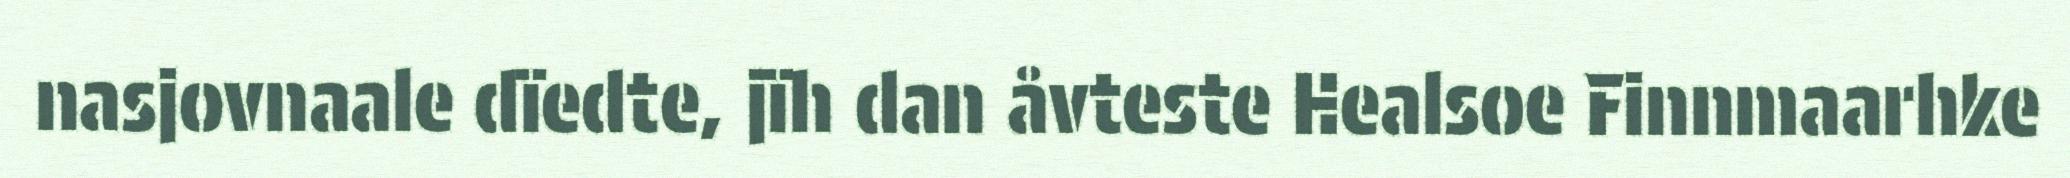
nasjovnaale dïedte, jïh dan åvteste Healsoe Finnmaarhke